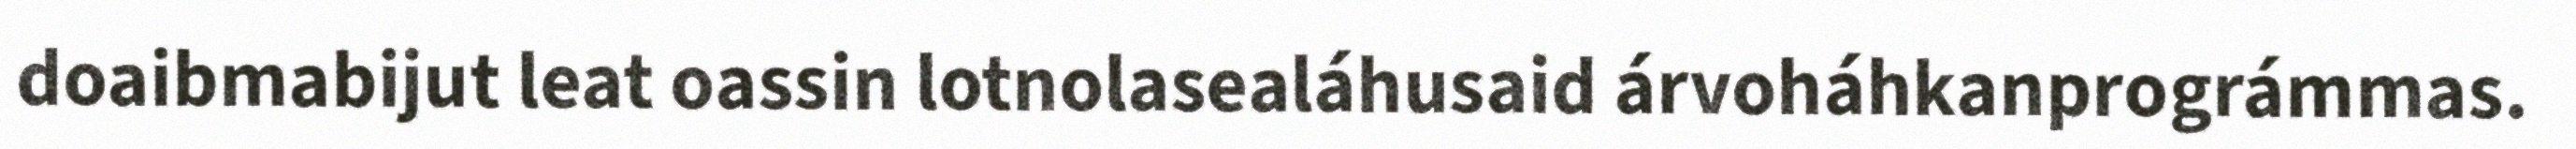
doaibmabijut leat oassin lotnolasealáhusaid árvoháhkanprográmmas.